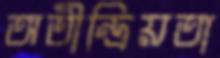
অতীন্দ্রিয়তা